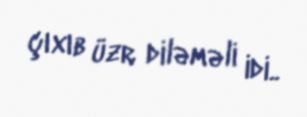
çıxıb üzr diləməli idi..